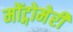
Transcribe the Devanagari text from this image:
मोंट्गोमेरी